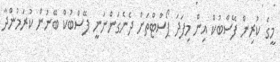
މީގެ ކުރިން ފޭސްބުކް އިން މިފަދަ ޕޯސްޓްތަށް ދެނެގަންނަނީ ފޭސްބުކް ބޭނުން ކުރަމުންދާ